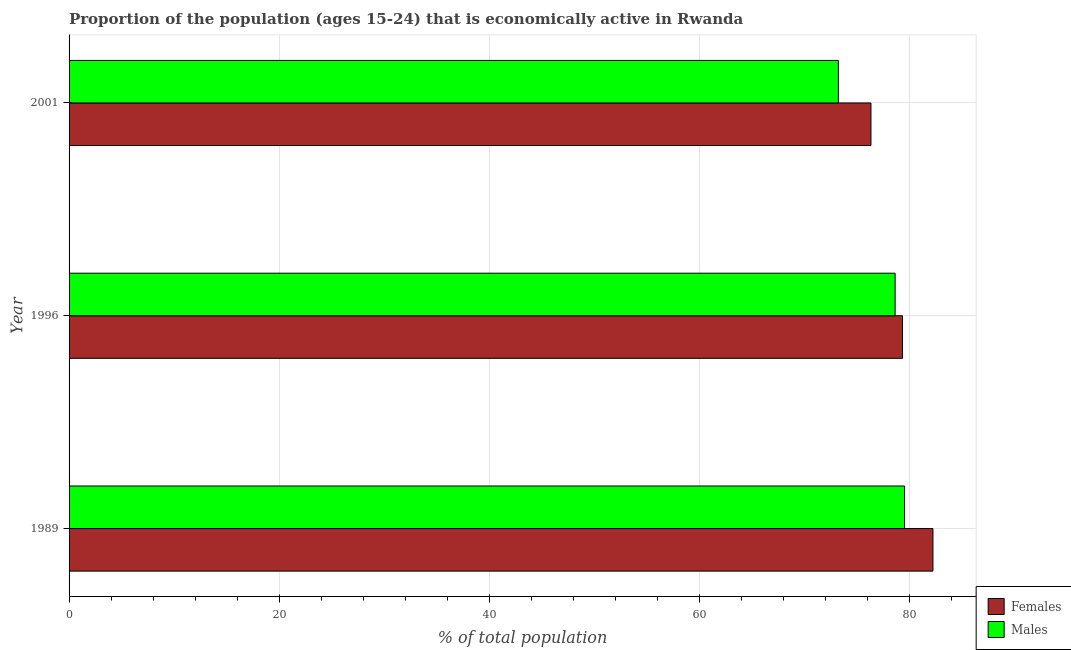
| Year | Females | Males |
 | --- | --- | --- |
 | 1989 | 82.2 | 79.5 |
 | 1996 | 79.3 | 78.6 |
 | 2001 | 76.3 | 73.2 |